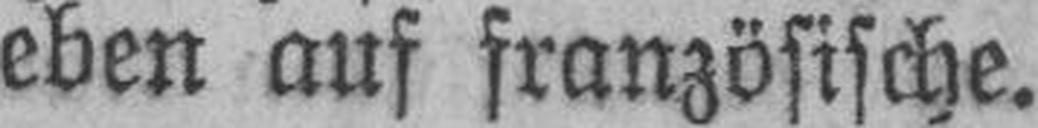
eben auf französische.